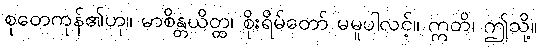
စုတေကုန်၏ဟု။ မာစိန္တယိတ္ထ၊ စိုးရိမ်တော် မမူပါလင့်။ ဣတိ၊ ဤသို့။